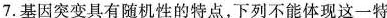
7.基因突变具有随机性的特点，下列不能体现这一特